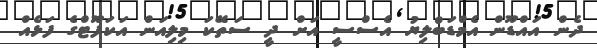
ދެން އައްޑޫން އެމްޑަބްލިޔު އެސްސީ އަށް ދީ ސަތޭކަ މިލިއަން އަކަފޫޓްގެ ފަޅެއް